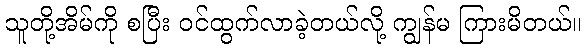
သူတို့အိမ်ကို စပြီး ဝင်ထွက်လာခဲ့တယ်လို့ ကျွန်မ ကြားမိတယ်။